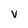
Character: v